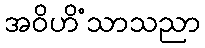
အဝိဟိံသာသညာ